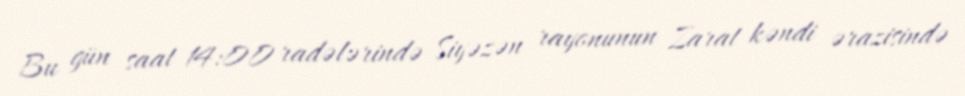
Bu gün saat 14:00 radələrində Siyəzən rayonunun Zarat kəndi ərazisində